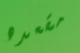
مقعده